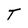
Character: T